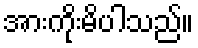
အားကိုးမိပါသည်။